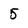
Character: 5